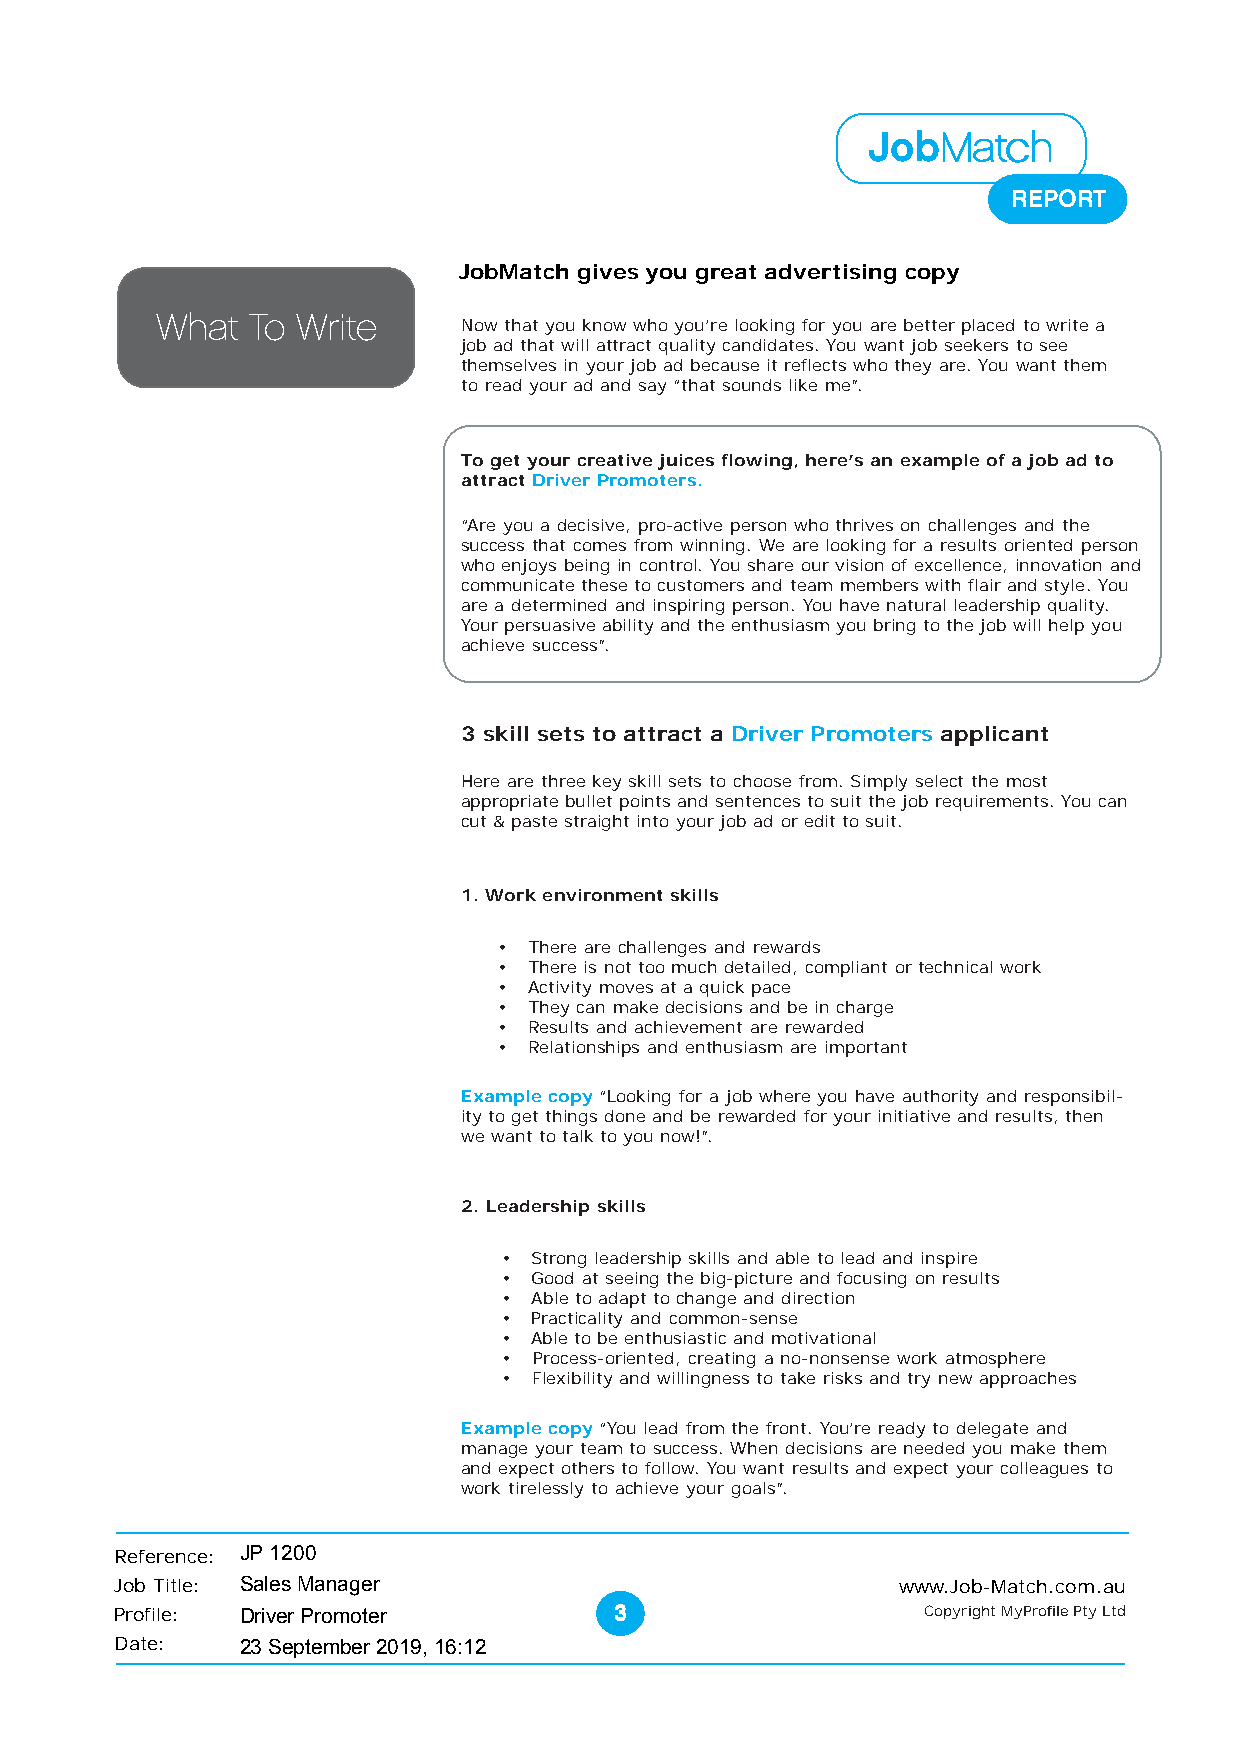
JobMMMMMaaaaatttttccccchhhhh
 REPORT
 Target your ideal candidate
 JobMatch gives you great advertising copy
 What   To Write
 Now that you know who you’re looking for you are better placed to write a
 job ad that will attract quality candidates. You want job seekers to see
 themselves in your job ad because it reflects who they are. You want them
 to read your ad and say “that sounds like me”.
 To get your creative juices flowing, here’s an example of a job ad to
 attract Driver Promoters.
 “Are you a decisive, pro-active person who thrives on challenges and the
 success that comes from winning. We are looking for a results oriented person
 who enjoys being in control. You share our vision of excellence, innovation and
 communicate these to customers and team members with flair and style. You
 are a determined and inspiring person. You have natural leadership quality.
 Your persuasive ability and the enthusiasm you bring to the job will help you
 achieve success”.
 3 skill sets to attract a Driver Promoters applicant
 Here are three key skill sets to choose from. Simply select the most
 appropriate bullet points and sentences to suit the job requirements. You can
 cut & paste straight into your job ad or edit to suit.
 1. Work environment skills
 • There are challenges and rewards
 • There is not too much detailed, compliant or technical work
 • Activity moves at a quick pace
 • They can make decisions and be in charge
 • Results and achievement are rewarded
 • Relationships and enthusiasm are important
 Example copy “Looking for a job where you have authority and responsibil-
 ity to get things done and be rewarded for your initiative and results, then
 we want to talk to you now!”.
 2. Leadership skills
 • Strong leadership skills and able to lead and inspire
 • Good at seeing the big-picture and focusing on results
 • Able to adapt to change and direction
 • Practicality and common-sense
 • Able to be enthusiastic and motivational
 • Process-oriented, creating a no-nonsense work atmosphere
 • Flexibility and willingness to take risks and try new approaches
 Example copy “You lead from the front. You’re ready to delegate and
 manage your team to success. When decisions are needed you make them
 and expect others to follow. You want results and expect your colleagues to
 work tirelessly to achieve your goals”.
 Reference: JP 1200
 Job Title: Sales Manager                           www.Job-Match.com.au
 Profile: Driver Promoter         33333               Copyright MyProfile Pty Ltd
 Date:   23 September 2019, 16:12